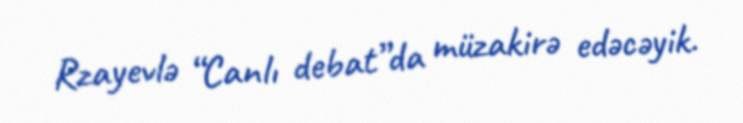
Rzayevlə “Canlı debat”da müzakirə edəcəyik.